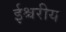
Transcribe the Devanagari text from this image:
ईश्चरीय